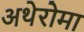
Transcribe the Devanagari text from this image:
अथेरोमा